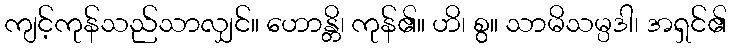
ကျင့်ကုန်သည်သာလျှင်။ ဟောန္တိ၊ ကုန်၏။ ဟိ၊ စွ။ သာမိသမ္ပဒါ၊ အရှင်၏